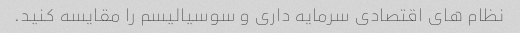
نظام های اقتصادی سرمایه داری و سوسیالیسم را مقایسه کنید.